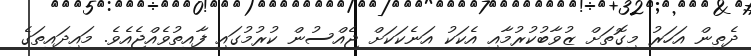
ދެތިން އަހަރު މިގޮތަށް ޒުވާބުކުރުމާއި އެކަކު އަނެކަކަށް ޖެއްސުން ކުރުމުގައި ފާއިތުވެއްޖެއެވެ. މައިދައިތަގެ